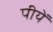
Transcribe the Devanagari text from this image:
पीयें